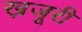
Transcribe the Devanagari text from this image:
ख़जूरी